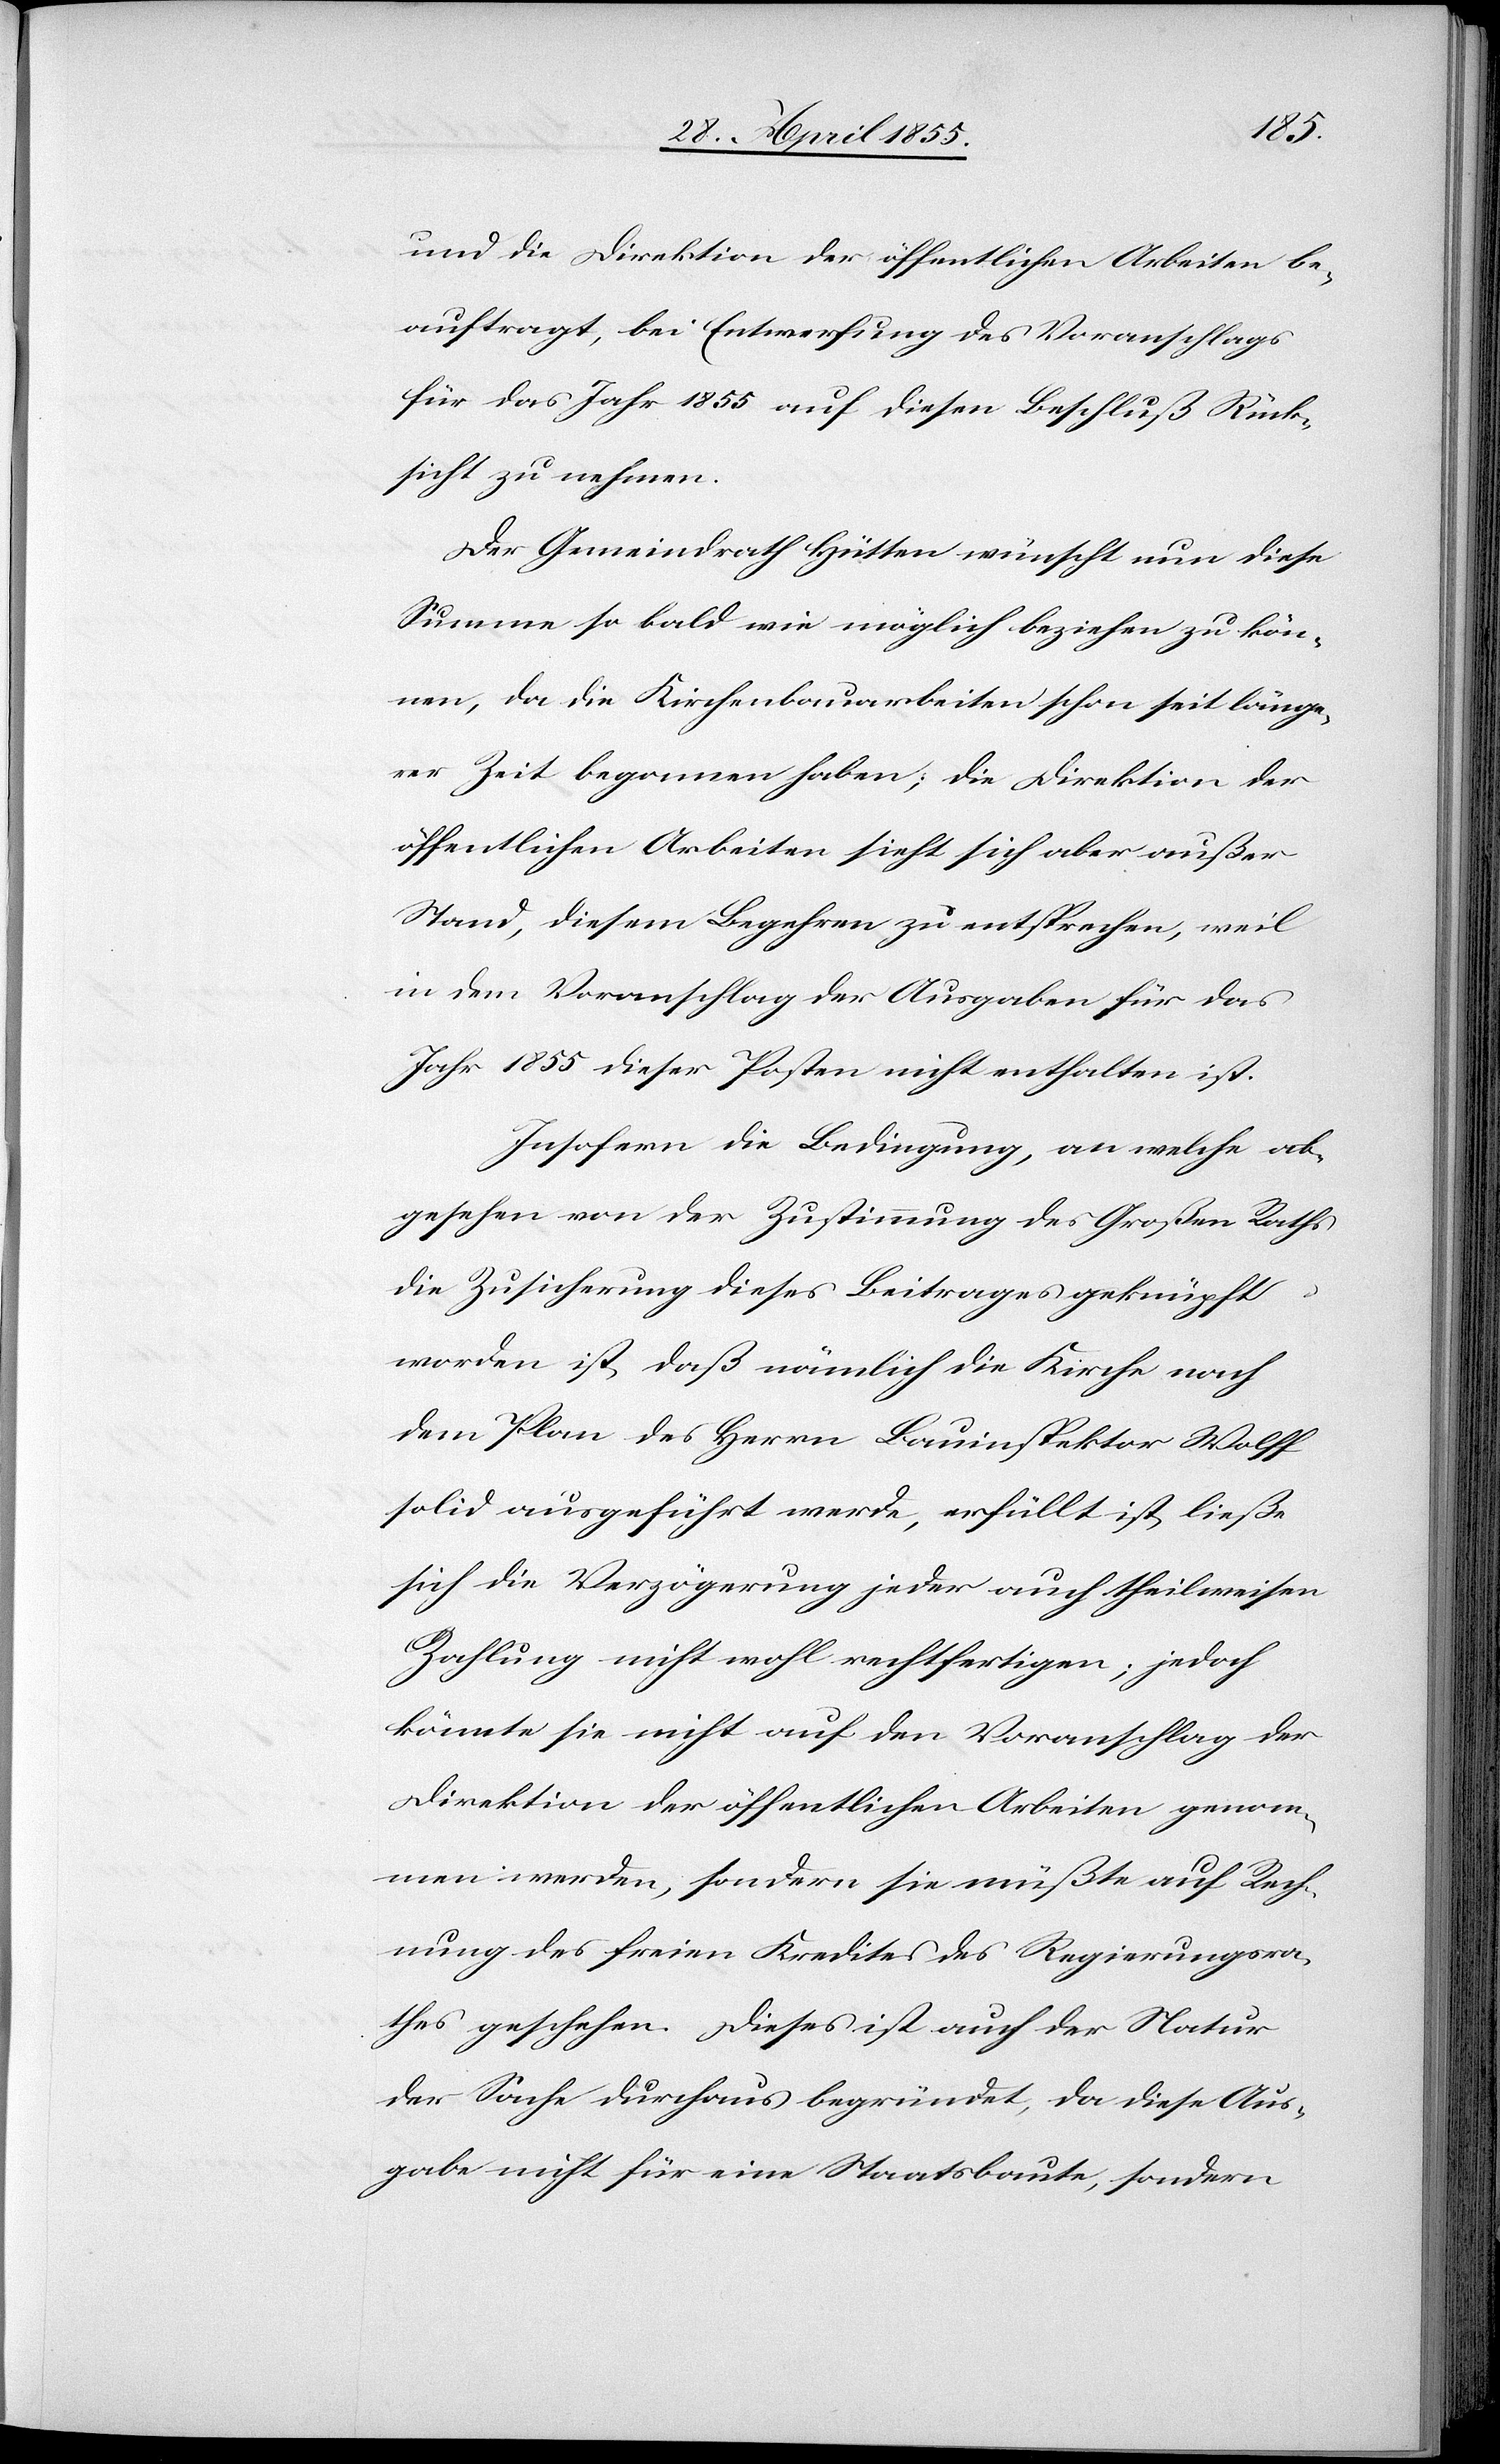
und die Direktion der öffentlichen Arbeiten be¬
auftragt, bei Entwerfung des Voranschlags
für das Jahr 1855 auf diesen Beschluß Rück¬
sicht zu nehmen.
Der Gemeindrath Hütten wünscht nun diese
Summe so bald wie möglich beziehen zu kön¬
nen, da die Kirchenbauarbeiten schon seit länge¬
rer Zeit begonnen haben; die Direktion der
öffentlichen Arbeiten sieht sich aber außer
Stand, diesem Begehren zu entsprechen, weil
in dem Voranschlag der Ausgaben für das
Jahr 1855 dieser Posten nicht enthalten ist.
Insofern die Bedingung, an welche ab¬
gesehen von der Zustimmung des Großen Raths
die Zusicherung dieses Beitrages geknüpft
worden ist, daß nämlich die Kirche nach
dem Plan des Herrn Bauinspektor Wolff
solid ausgeführt werde, erfüllt ist, ließe
sich die Verzögerung jeder auch theilweisen
Zahlung nicht wohl rechtfertigen; jedoch
könnte sie nicht auf den Voranschlag der
Direktion der öffentlichen Arbeiten genom¬
men werden, sondern sie müßte auf Rech¬
nung des freien Kredites des Regierungsra¬
thes geschehen. Dieses ist auch der Natur
der Sache durchaus begründet, da diese Aus¬
gabe nicht für eine Staatsbaute, sondern